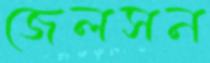
জেলসন